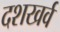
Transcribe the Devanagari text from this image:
दशखर्व